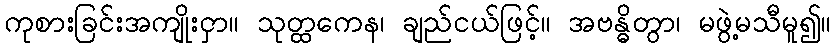
ကုစားခြင်းအကျိုးငှာ။ သုတ္ထကေန၊ ချည်ငယ်ဖြင့်။ အဗန္ဓိတွာ၊ မဖွဲ့မသီမူ၍။